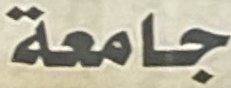
جامعة